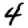
Digit: 4